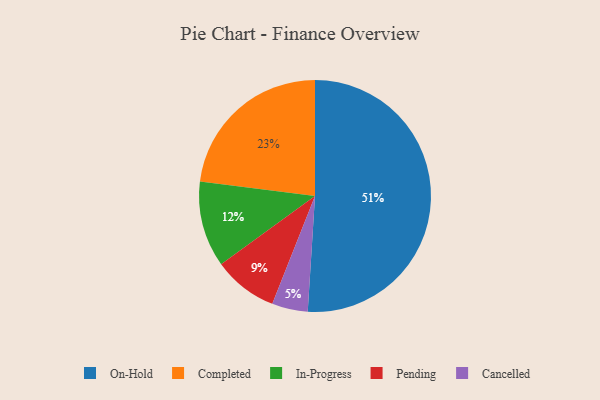
{"axis": {"x": "Category", "y": "Percentage"}, "legend": ["Cancelled", "Completed", "In-Progress", "On-Hold", "Pending"], "data": [{"x": "In-Progress", "y": 12, "type": "In-Progress"}, {"x": "Completed", "y": 23, "type": "Completed"}, {"x": "Pending", "y": 9, "type": "Pending"}, {"x": "On-Hold", "y": 51, "type": "On-Hold"}, {"x": "Cancelled", "y": 5, "type": "Cancelled"}]}